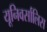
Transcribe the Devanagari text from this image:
यूनिवर्सालिस